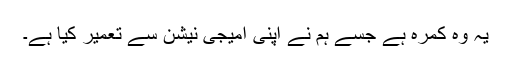
یہ وہ کمرہ ہے جسے ہم نے اپنی امیجی نیشن سے تعمیر کیا ہے۔